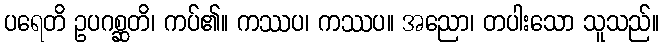
ပရေတိ ဥပဂစ္ဆတိ၊ ကပ်၏။ ကဿပ၊ ကဿပ။ အညော၊ တပါးသော သူသည်။